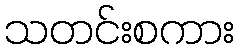
သတင်းစကား